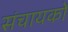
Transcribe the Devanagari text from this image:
संचायकों